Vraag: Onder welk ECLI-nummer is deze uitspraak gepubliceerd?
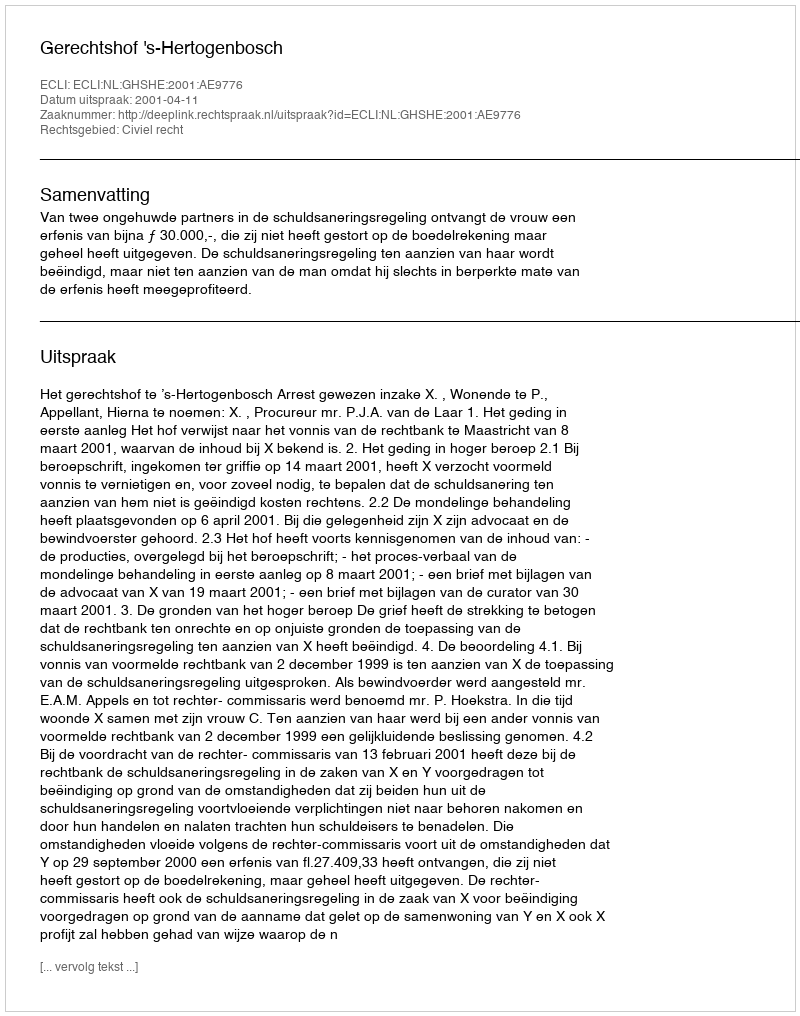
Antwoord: ECLI:NL:GHSHE:2001:AE9776